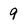
Character: 9